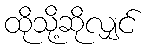
ထိုသို့ဆိုလျှင်